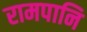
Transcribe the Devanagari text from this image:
रामपानि